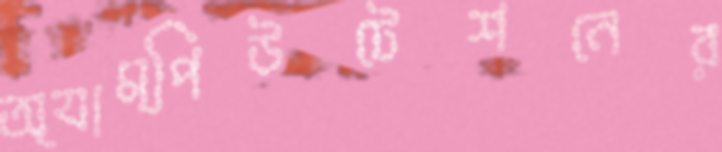
অ্যাম্পিউটেশনের